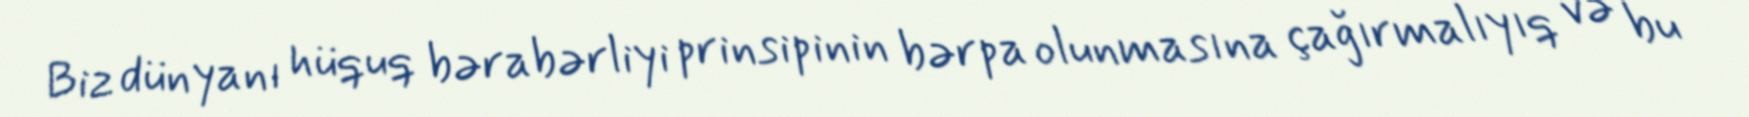
Biz dünyanı hüquq bərabərliyi prinsipinin bərpa olunmasına çağırmalıyıq və bu